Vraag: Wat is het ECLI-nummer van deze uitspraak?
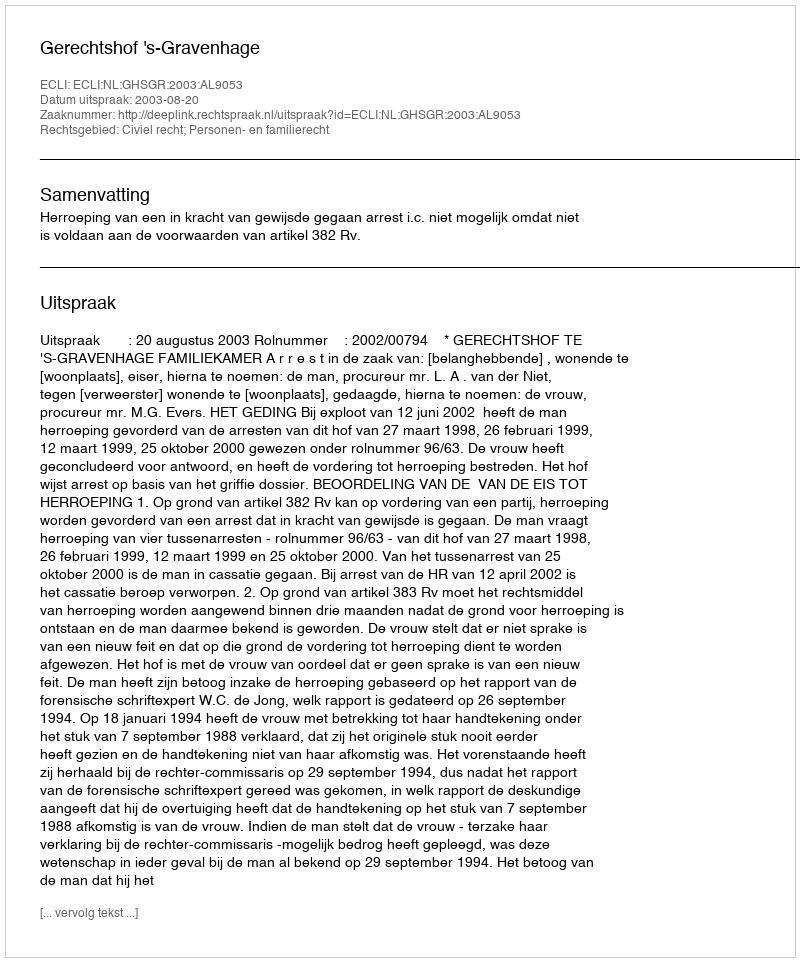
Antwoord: ECLI:NL:GHSGR:2003:AL9053